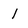
Character: l